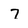
Character: 7